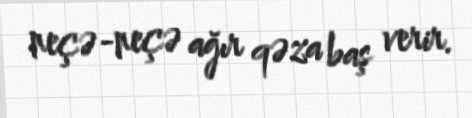
neçə-neçə ağır qəza baş verir.